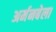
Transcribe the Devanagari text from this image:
अर्मनबेला